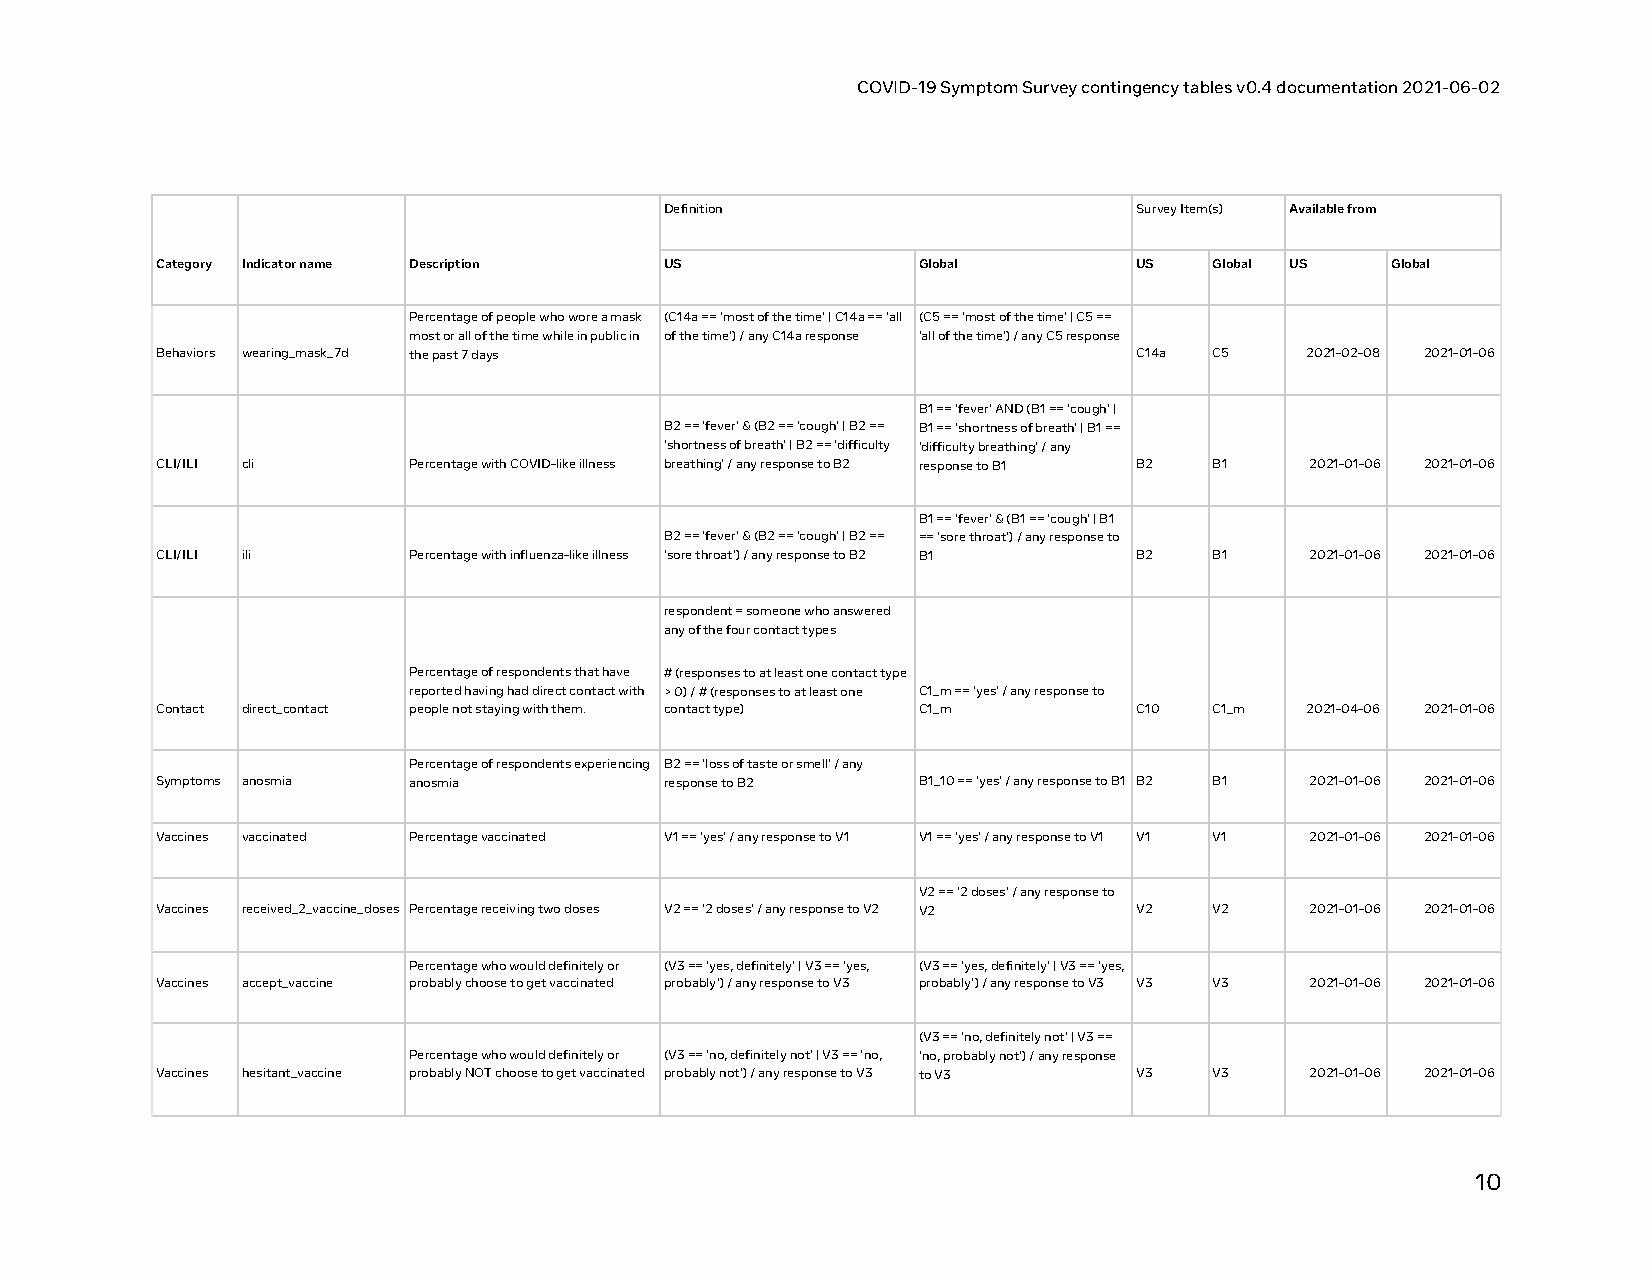
COVID-19 Symptom Survey contingency tables v0.4 documentation 2021-06-02
 Definition                     Survey Item(s) Available from
 Category Indicator name Description US             Global        US   Global US   Global
 Percentage of people who wore a mask (C14a == 'most of the time' | C14a == 'all (C5 == 'most of the time' | C5 ==
 most or all of the time while in public in of the time') / any C14a response 'all of the time') / any C5 response
 Behaviors wearing_mask_7d the past 7 days                        C14a C5    2021-02-08 2021-01-06
 B1 == 'fever' AND (B1 == 'cough' |
 B2 == 'fever' & (B2 == 'cough' | B2 == B1 == 'shortness of breath' | B1 ==
 'shortness of breath' | B2 == 'difficulty 'difficulty breathing' / any
 CLI/ILI cli      Percentage with COVID-like illness breathing' / any response to B2 response to B1 B2 B1 2021-01-06 2021-01-06
 B1 == 'fever' & (B1 == 'cough' | B1
 B2 == 'fever' & (B2 == 'cough' | B2 == == 'sore throat') / any response to
 CLI/ILI ili      Percentage with influenza-like illness 'sore throat') / any response to B2 B1 B2 B1 2021-01-06 2021-01-06
 respondent = someone who answered
 any of the four contact types
 Percentage of respondents that have # (responses to at least one contact type
 reported having had direct contact with > 0) / # (responses to at least one C1_m == 'yes' / any response to
 Contact direct_contact people not staying with them. contact type) C1_m C10 C1_m 2021-04-06 2021-01-06
 Percentage of respondents experiencing B2 == 'loss of taste or smell' / any
 Symptoms anosmia anosmia          response to B2   B1_10 == 'yes' / any response to B1 B2 B1 2021-01-06 2021-01-06
 Vaccines vaccinated Percentage vaccinated V1 == 'yes' / any response to V1 V1 == 'yes' / any response to V1 V1 V1 2021-01-06 2021-01-06
 V2 == '2 doses' / any response to
 Vaccines received_2_vaccine_doses Percentage receiving two doses V2 == '2 doses' / any response to V2 V2 V2 V2 2021-01-06 2021-01-06
 Percentage who would definitely or (V3 == 'yes, definitely' | V3 == 'yes, (V3 == 'yes, definitely' | V3 == 'yes,
 Vaccines accept_vaccine probably choose to get vaccinated probably') / any response to V3 probably') / any response to V3 V3 V3 2021-01-06 2021-01-06
 (V3 == 'no, definitely not' | V3 ==
 Percentage who would definitely or (V3 == 'no, definitely not' | V3 == 'no, 'no, probably not') / any response
 Vaccines hesitant_vaccine probably NOT choose to get vaccinated probably not') / any response to V3 to V3 V3 V3 2021-01-06 2021-01-06
 10